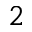
2